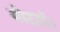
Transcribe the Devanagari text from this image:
मोटाई।